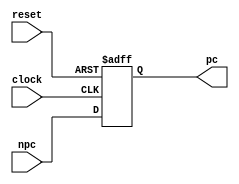
`timescale 1ns / 1ps
//////////////////////////////////////////////////////////////////////////////////
// Company:
// Engineer:
//
// Design Name:
// Module Name: dff32
// Project Name:
// Target Devices:
// Tool Versions:
// Description:
//
// Dependencies:
//
// Revision:
// Revision 0.01 - File Created
// Additional Comments:
//
//////////////////////////////////////////////////////////////////////////////////


module dff32(npc, clock, reset, pc);
    localparam              MSB = 31;
    localparam              SHIFT = 32'h00400000;
    // localparam              SHIFT = 32'h0;
    input       [MSB:0]     npc;
    input                   clock, reset;
    output reg  [MSB:0]     pc;

    always @ ( posedge clock or posedge reset ) begin
        if (reset) begin
            pc <= SHIFT;
        end else begin
            pc <= npc;
        end
    end


endmodule